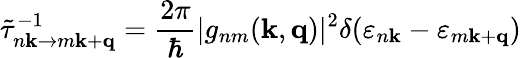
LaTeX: \tilde{\tau}_{n\mathbf{k}\rightarrow m\mathbf{k}+\mathbf{q}}^{-1}=\frac{2\pi}{\hbar}\lvert g_{nm}(\mathbf{k},\mathbf{q})\rvert^{2}\delta(\varepsilon_{n\mathbf{k}}-\varepsilon_{m\mathbf{k}+\mathbf{q}})